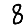
Digit: 8